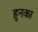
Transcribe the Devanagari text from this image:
हुनका